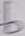
Text: b